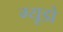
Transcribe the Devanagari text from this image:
ग्यूडो